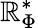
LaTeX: \mathbb{R}_{\Phi}^{*}